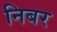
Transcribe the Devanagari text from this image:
निबर